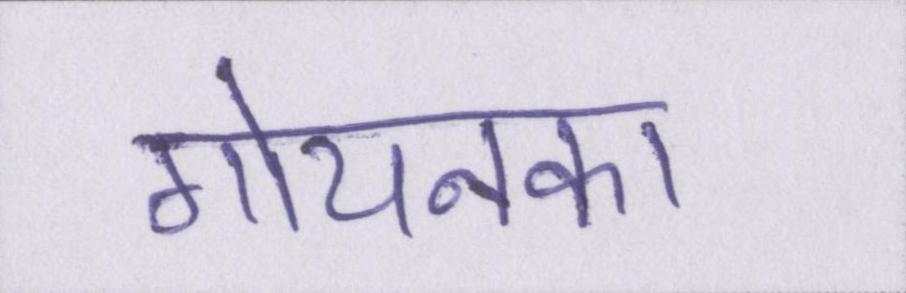
गोयनका